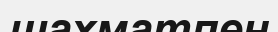
шахматпен